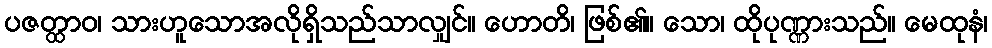
ပဇတ္ထာဝ၊ သားဟူသောအလိုရှိသည်သာလျှင်။ ဟောတိ၊ ဖြစ်၏။ သော၊ ထိုပုဏ္ဏားသည်။ မေထုနံ၊